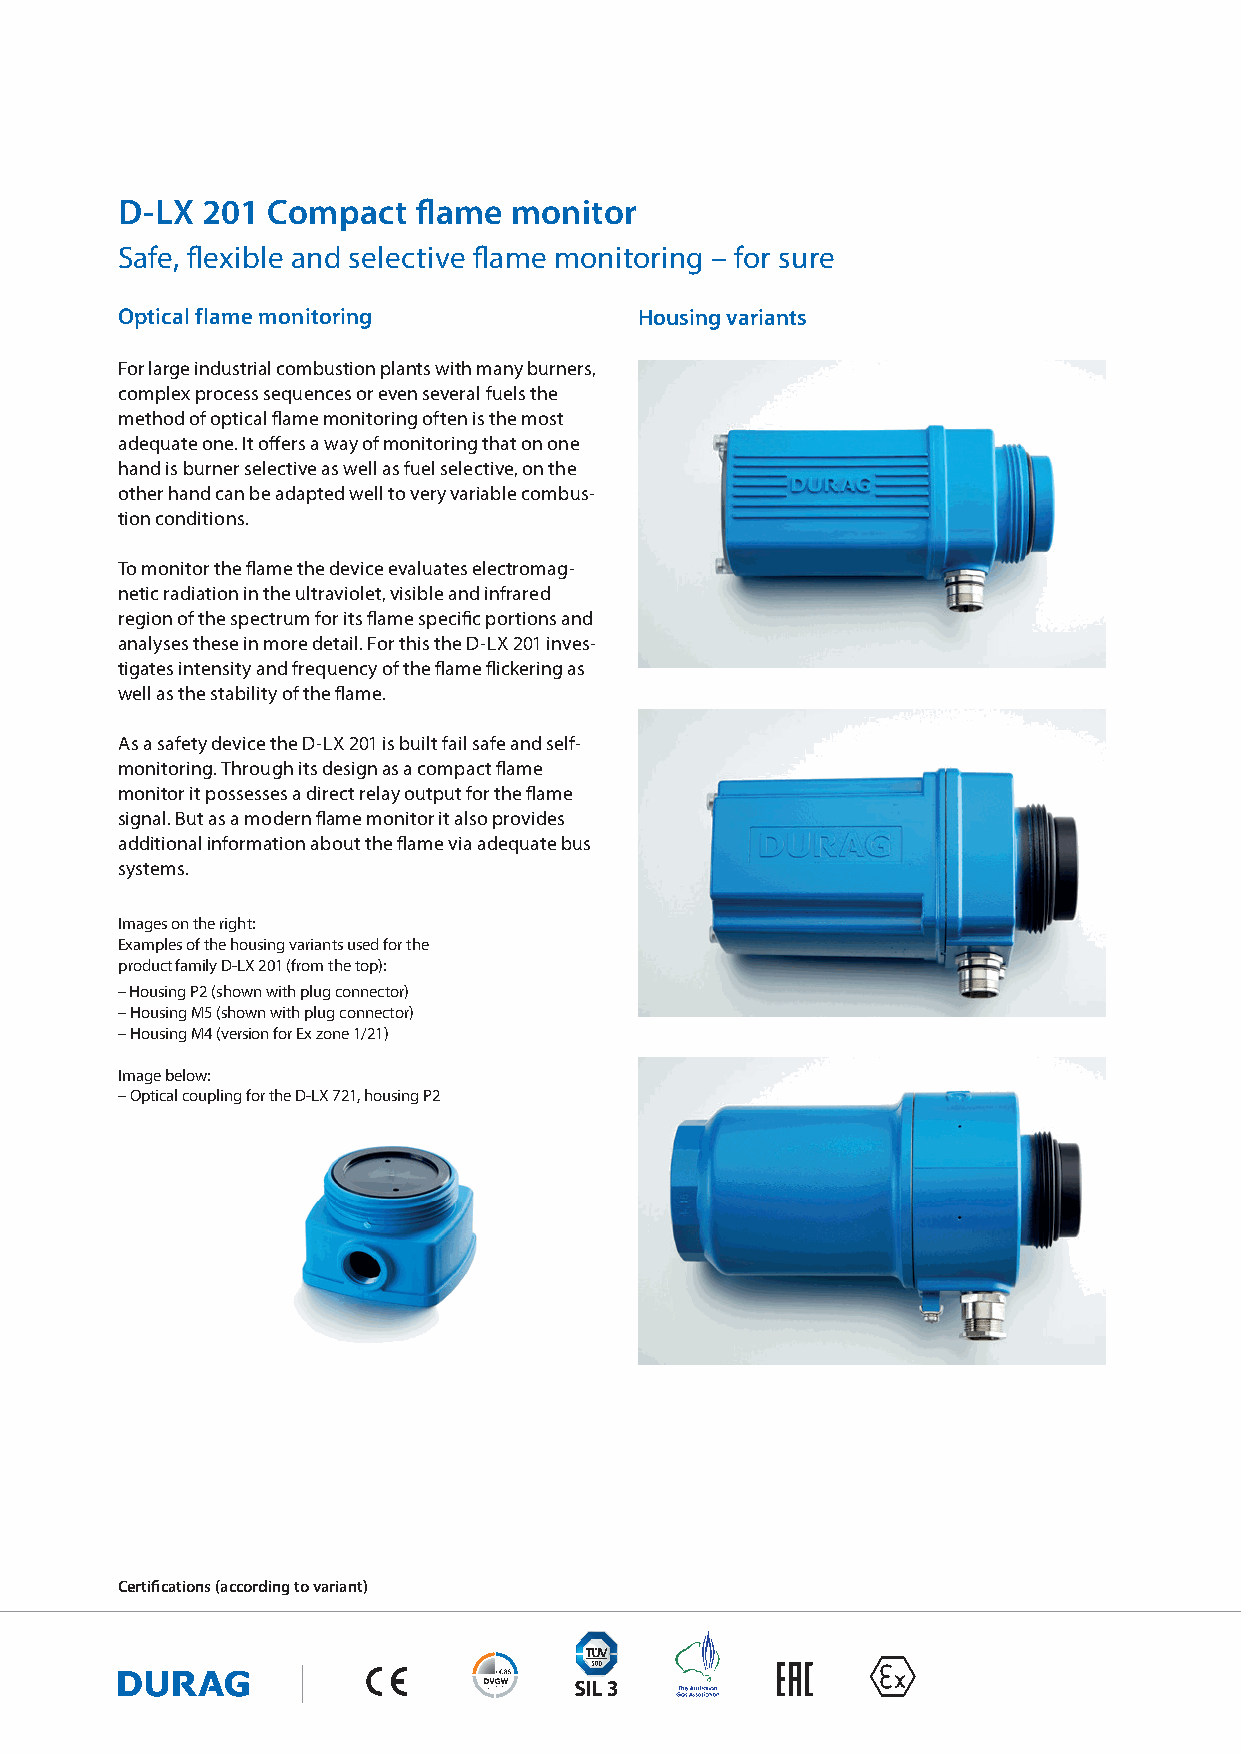
D-LX 201  Compact  fl ame monitor
 Safe, fl exible and selective fl ame monitoring – for sure
 Optical flame monitoring          Housing variants
 For large industrial combustion plants with many burners,
 complex process sequences or even several fuels the
 method of optical fl ame monitoring often is the most
 adequate one. It off ers a way of monitoring that on one
 hand is burner selective as well as fuel selective, on the
 other hand can be adapted well to very variable combus-
 tion conditions.
 To monitor the fl ame the device evaluates electromag-
 netic radiation in the ultraviolet, visible and infrared
 region of the spectrum for its fl ame specifi c portions and
 analyses these in more detail. For this the D-LX 201 inves-
 tigates intensity and frequency of the fl ame fl ickering as
 well as the stability of the fl ame.
 As a safety device the D-LX 201 is built fail safe and self-
 monitoring. Through its design as a compact fl ame
 monitor it possesses a direct relay output for the fl ame
 signal. But as a modern fl ame monitor it also provides
 additional information about the fl ame via adequate bus
 systems.
 Images on the right:
 Examples of the housing variants used for the
 product family D-LX 201 (from the top):
 – Housing P2 (shown with plug connector)
 – Housing M5 (shown with plug connector)
 – Housing M4 (version for Ex zone 1/21)
 Image below:
 – Optical coupling for the D-LX 721, housing P2
 Certifi cations (according to variant)